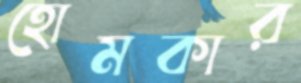
হোমকার